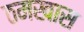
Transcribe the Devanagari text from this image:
ठमखास